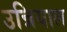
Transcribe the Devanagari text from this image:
उन्नियाल